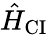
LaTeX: \hat{H}_{\mathrm{CI}}